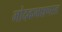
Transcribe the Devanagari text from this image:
मोदकभक्षणरत